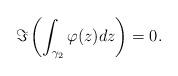
LaTeX: \begin{align*}\Im \left( \int_{\gamma_2} \varphi(z)dz \right)=0.\end{align*}